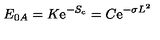
E _ { 0 A } = K \mathrm { e } ^ { - S _ { c } } = C \mathrm { e } ^ { - \sigma L ^ { 2 } }